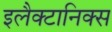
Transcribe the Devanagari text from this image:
इलैक्टानिक्स